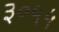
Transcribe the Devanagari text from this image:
३०५५